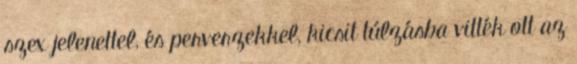
szex jelenettel, és perverzekkel, kicsit túlzásba vitték ott az